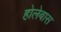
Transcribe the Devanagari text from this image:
होलेबास